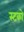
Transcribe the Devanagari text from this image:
स्टको